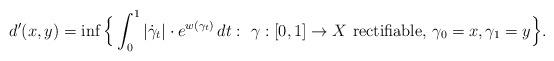
LaTeX: \begin{align*}d'(x,y)=\inf\Big\{ \int_0^1 |\dot\gamma_t|\cdot e^{w(\gamma_t)}\,dt: \ \gamma:[0,1]\to X \mbox{ rectifiable, } \gamma_0=x, \gamma_1=y\Big\}.\end{align*}